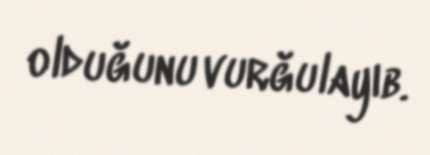
olduğunu vurğulayıb.